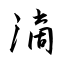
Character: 滴